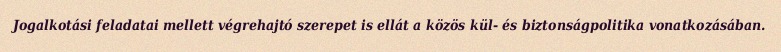
Jogalkotási feladatai mellett végrehajtó szerepet is ellát a közös kül- és biztonságpolitika vonatkozásában.